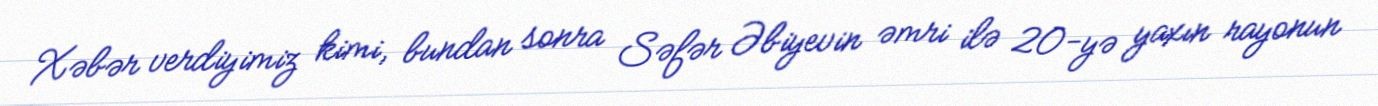
Xəbər verdiyimiz kimi, bundan sonra Səfər Əbiyevin əmri ilə 20-yə yaxın rayonun